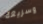
وسريعة